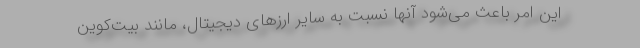
این امر باعث می‌شود آنها نسبت به سایر ارزهای دیجیتال، مانند بیت‌کوین